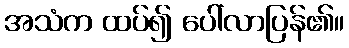
အသံက ထပ်၍ ပေါ်လာပြန်၏။